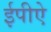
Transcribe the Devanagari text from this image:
ईपीऐ